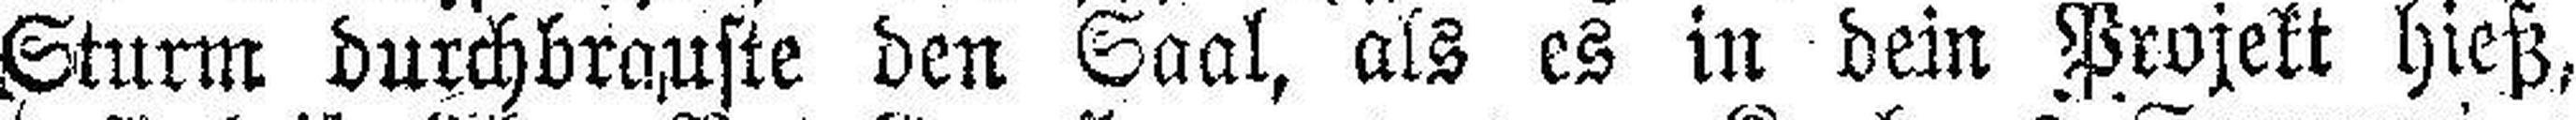
Sturm durchbrauste den Saal, als es in dein Projekt hieß,